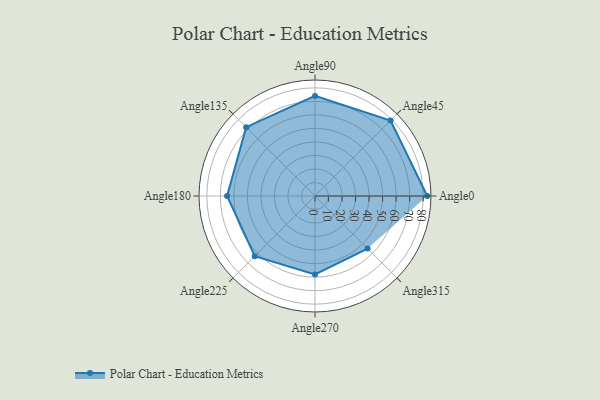
{"axis": {"x": "Angle", "y": "Radius"}, "legend": [""], "data": [{"x": "Angle0", "y": 83.0, "type": ""}, {"x": "Angle45", "y": 79.0, "type": ""}, {"x": "Angle90", "y": 74.0, "type": ""}, {"x": "Angle135", "y": 72.0, "type": ""}, {"x": "Angle180", "y": 65.0, "type": ""}, {"x": "Angle225", "y": 63.0, "type": ""}, {"x": "Angle270", "y": 58.0, "type": ""}, {"x": "Angle315", "y": 55.0, "type": ""}]}